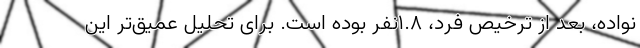
نواده، بعد از ترخیص فرد، ۱.۸نفر بوده است. برای تحلیل عمیق‌تر این